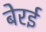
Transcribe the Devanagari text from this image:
बेरई